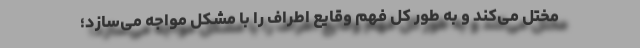
مختل می‌کند و به طور کل فهم وقایع اطراف را با مشکل مواجه می‌سازد؛